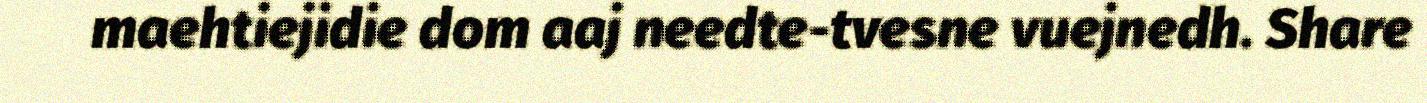
maehtiejidie dom aaj needte-tvesne vuejnedh. Share